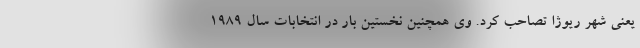
یعنی شهر ریوژا تصاحب کرد. وی همچنین نخستین بار در انتخابات سال ۱۹۸۹